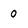
Character: 0